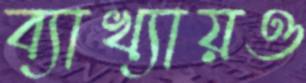
ব্যাখ্যায়ও